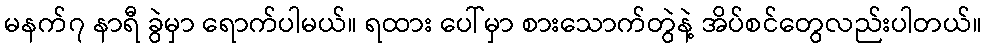
မနက်၇ နာရီ ခွဲမှာ ရောက်ပါမယ်။ ရထား ပေါ်မှာ စားသောက်တွဲနဲ့ အိပ်စင်တွေလည်းပါတယ်။